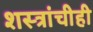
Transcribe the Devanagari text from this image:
शस्त्रांचीही